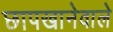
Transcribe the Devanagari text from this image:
छापखानेवाले